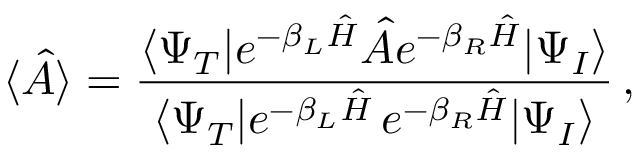
\langle \hat { A } \rangle = \frac { \langle \Psi _ { T } | e ^ { - \beta _ { L } \hat { H } } \hat { A } e ^ { - \beta _ { R } \hat { H } } | \Psi _ { I } \rangle } { \langle \Psi _ { T } | e ^ { - \beta _ { L } \hat { H } } \, e ^ { - \beta _ { R } \hat { H } } | \Psi _ { I } \rangle } \, ,